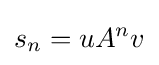
s_{n}=uA^{n}v